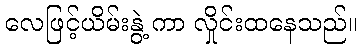
လေဖြင့်ယိမ်းနွဲ့ ကာ လှိုင်းထနေသည်။